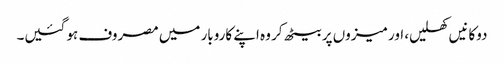
دوکانیں کھلیں، اور میزوں پر بیٹھ کر وہ اپنے کاروبار میں مصروف ہو گئیں۔